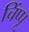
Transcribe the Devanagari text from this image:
चिंप्पू